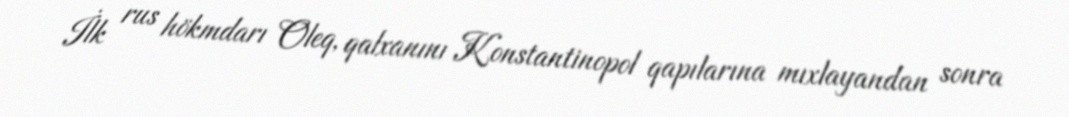
İlk rus hökmdarı Oleq, qalxanını Konstantinopol qapılarına mıxlayandan sonra